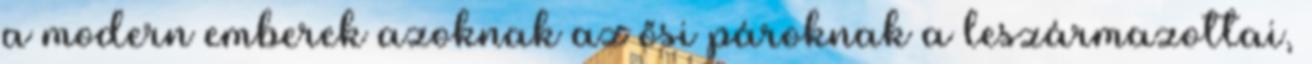
a modern emberek azoknak az ősi pároknak a leszármazottai,